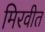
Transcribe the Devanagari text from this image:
मिरवीत